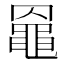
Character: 𪓙